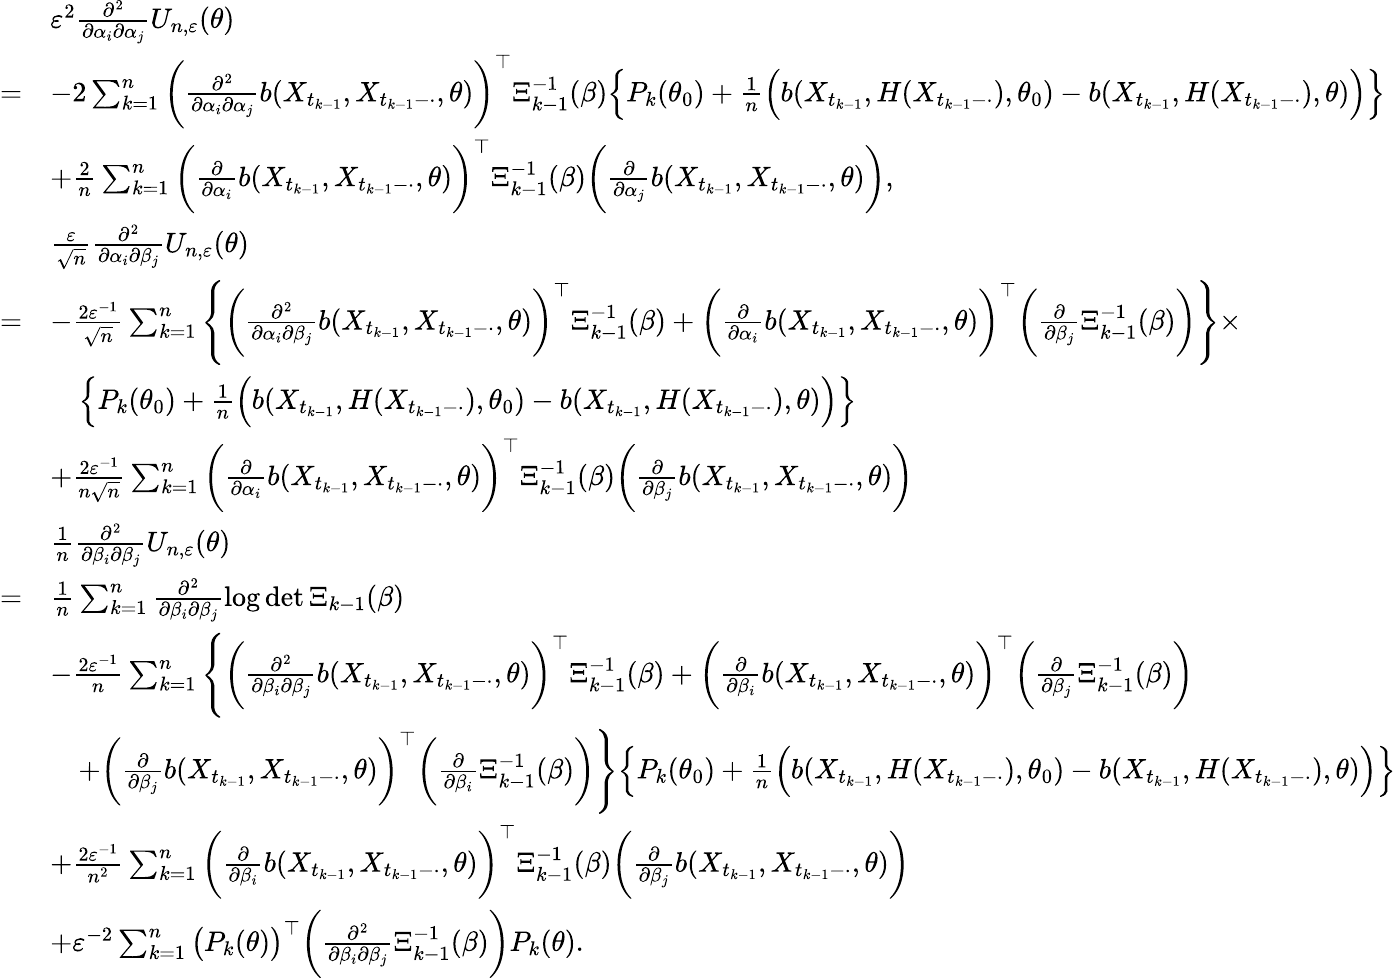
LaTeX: \begin{array}{rl}&{\varepsilon^{2}\frac{\partial^{2}}{\partial\alpha_{i}\partial\alpha_{j}}U_{n,\varepsilon}(\theta)}\\ {=}&{-2\sum_{k=1}^{n}\bigg(\frac{\partial^{2}}{\partial\alpha_{i}\partial\alpha_{j}}b(X_{t_{k-1}},X_{t_{k-1}-\cdot},\theta)\bigg)^{\top}\Xi_{k-1}^{-1}(\beta)\Big\{ P_{k}(\theta_{0})+\frac{1}{n}\Big(b(X_{t_{k-1}},H(X_{t_{k-1}-\cdot}),\theta_{0})-b(X_{t_{k-1}},H(X_{t_{k-1}-\cdot}),\theta)\Big)\Big\} }\\ &{+\frac{2}{n}\sum_{k=1}^{n}\bigg(\frac{\partial}{\partial\alpha_{i}}b(X_{t_{k-1}},X_{t_{k-1}-\cdot},\theta)\bigg)^{\top}\Xi_{k-1}^{-1}(\beta)\bigg(\frac{\partial}{\partial\alpha_{j}}b(X_{t_{k-1}},X_{t_{k-1}-\cdot},\theta)\bigg),}\\ &{\frac{\varepsilon}{\sqrt{n}}\frac{\partial^{2}}{\partial\alpha_{i}\partial\beta_{j}}U_{n,\varepsilon}(\theta)}\\ {=}&{-\frac{2\varepsilon^{-1}}{\sqrt{n}}\sum_{k=1}^{n}\Bigg\{ \bigg(\frac{\partial^{2}}{\partial\alpha_{i}\partial\beta_{j}}b(X_{t_{k-1}},X_{t_{k-1}-\cdot},\theta)\bigg)^{\top}\Xi_{k-1}^{-1}(\beta)+\bigg(\frac{\partial}{\partial\alpha_{i}}b(X_{t_{k-1}},X_{t_{k-1}-\cdot},\theta)\bigg)^{\top}\bigg(\frac{\partial}{\partial\beta_{j}}\Xi_{k-1}^{-1}(\beta)\bigg)\Bigg\} \times}\\ &{\quad\Big\{ P_{k}(\theta_{0})+\frac{1}{n}\Big(b(X_{t_{k-1}},H(X_{t_{k-1}-\cdot}),\theta_{0})-b(X_{t_{k-1}},H(X_{t_{k-1}-\cdot}),\theta)\Big)\Big\} }\\ &{+\frac{2\varepsilon^{-1}}{n\sqrt{n}}\sum_{k=1}^{n}\bigg(\frac{\partial}{\partial\alpha_{i}}b(X_{t_{k-1}},X_{t_{k-1}-\cdot},\theta)\bigg)^{\top}\Xi_{k-1}^{-1}(\beta)\bigg(\frac{\partial}{\partial\beta_{j}}b(X_{t_{k-1}},X_{t_{k-1}-\cdot},\theta)\bigg)}\\ &{\frac{1}{n}\frac{\partial^{2}}{\partial\beta_{i}\partial\beta_{j}}U_{n,\varepsilon}(\theta)}\\ {=}&{\frac{1}{n}\sum_{k=1}^{n}\frac{\partial^{2}}{\partial\beta_{i}\partial\beta_{j}}\log\operatorname*{det}\Xi_{k-1}(\beta)}\\ &{-\frac{2\varepsilon^{-1}}{n}\sum_{k=1}^{n}\Bigg\{ \bigg(\frac{\partial^{2}}{\partial\beta_{i}\partial\beta_{j}}b(X_{t_{k-1}},X_{t_{k-1}-\cdot},\theta)\bigg)^{\top}\Xi_{k-1}^{-1}(\beta)+\bigg(\frac{\partial}{\partial\beta_{i}}b(X_{t_{k-1}},X_{t_{k-1}-\cdot},\theta)\bigg)^{\top}\bigg(\frac{\partial}{\partial\beta_{j}}\Xi_{k-1}^{-1}(\beta)\bigg)}\\ &{\quad+\bigg(\frac{\partial}{\partial\beta_{j}}b(X_{t_{k-1}},X_{t_{k-1}-\cdot},\theta)\bigg)^{\top}\bigg(\frac{\partial}{\partial\beta_{i}}\Xi_{k-1}^{-1}(\beta)\bigg)\Bigg\} \Big\{ P_{k}(\theta_{0})+\frac{1}{n}\Big(b(X_{t_{k-1}},H(X_{t_{k-1}-\cdot}),\theta_{0})-b(X_{t_{k-1}},H(X_{t_{k-1}-\cdot}),\theta)\Big)\Big\} }\\ &{+\frac{2\varepsilon^{-1}}{n^{2}}\sum_{k=1}^{n}\bigg(\frac{\partial}{\partial\beta_{i}}b(X_{t_{k-1}},X_{t_{k-1}-\cdot},\theta)\bigg)^{\top}\Xi_{k-1}^{-1}(\beta)\bigg(\frac{\partial}{\partial\beta_{j}}b(X_{t_{k-1}},X_{t_{k-1}-\cdot},\theta)\bigg)}\\ &{+\varepsilon^{-2}\sum_{k=1}^{n}\big(P_{k}(\theta)\big)^{\top}\bigg(\frac{\partial^{2}}{\partial\beta_{i}\partial\beta_{j}}\Xi_{k-1}^{-1}(\beta)\bigg)P_{k}(\theta).}\end{array}